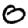
Digit: 0